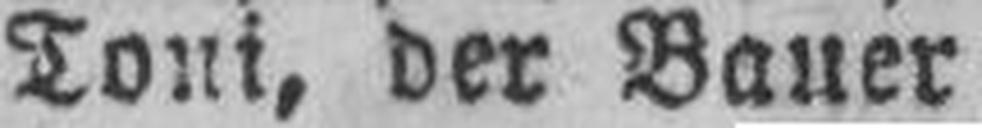
Toni, der Bauer